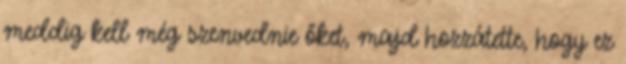
meddig kell még szenvednie őket, majd hozzátette, hogy ez